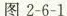
图2-6-1